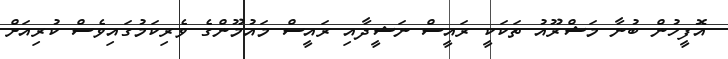
އޮފީހުން ބުނާ މަޝްރޫއު ތަކަކީ ރައީސް ނަޝީދާއި ރައީސް މައުމޫންގެ ވެރިކަމުގައިވެސް ކުރިއަށް